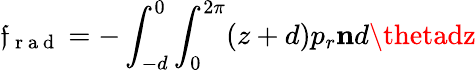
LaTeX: \mathfrak{f}_{\mathrm{{~r~a~d~}}}=-\int_{-d}^{0}\int_{0}^{2\pi}(z+d)p_{r}\mathbf{{n}}d\thetadz